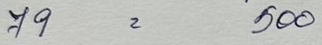
79 = 500